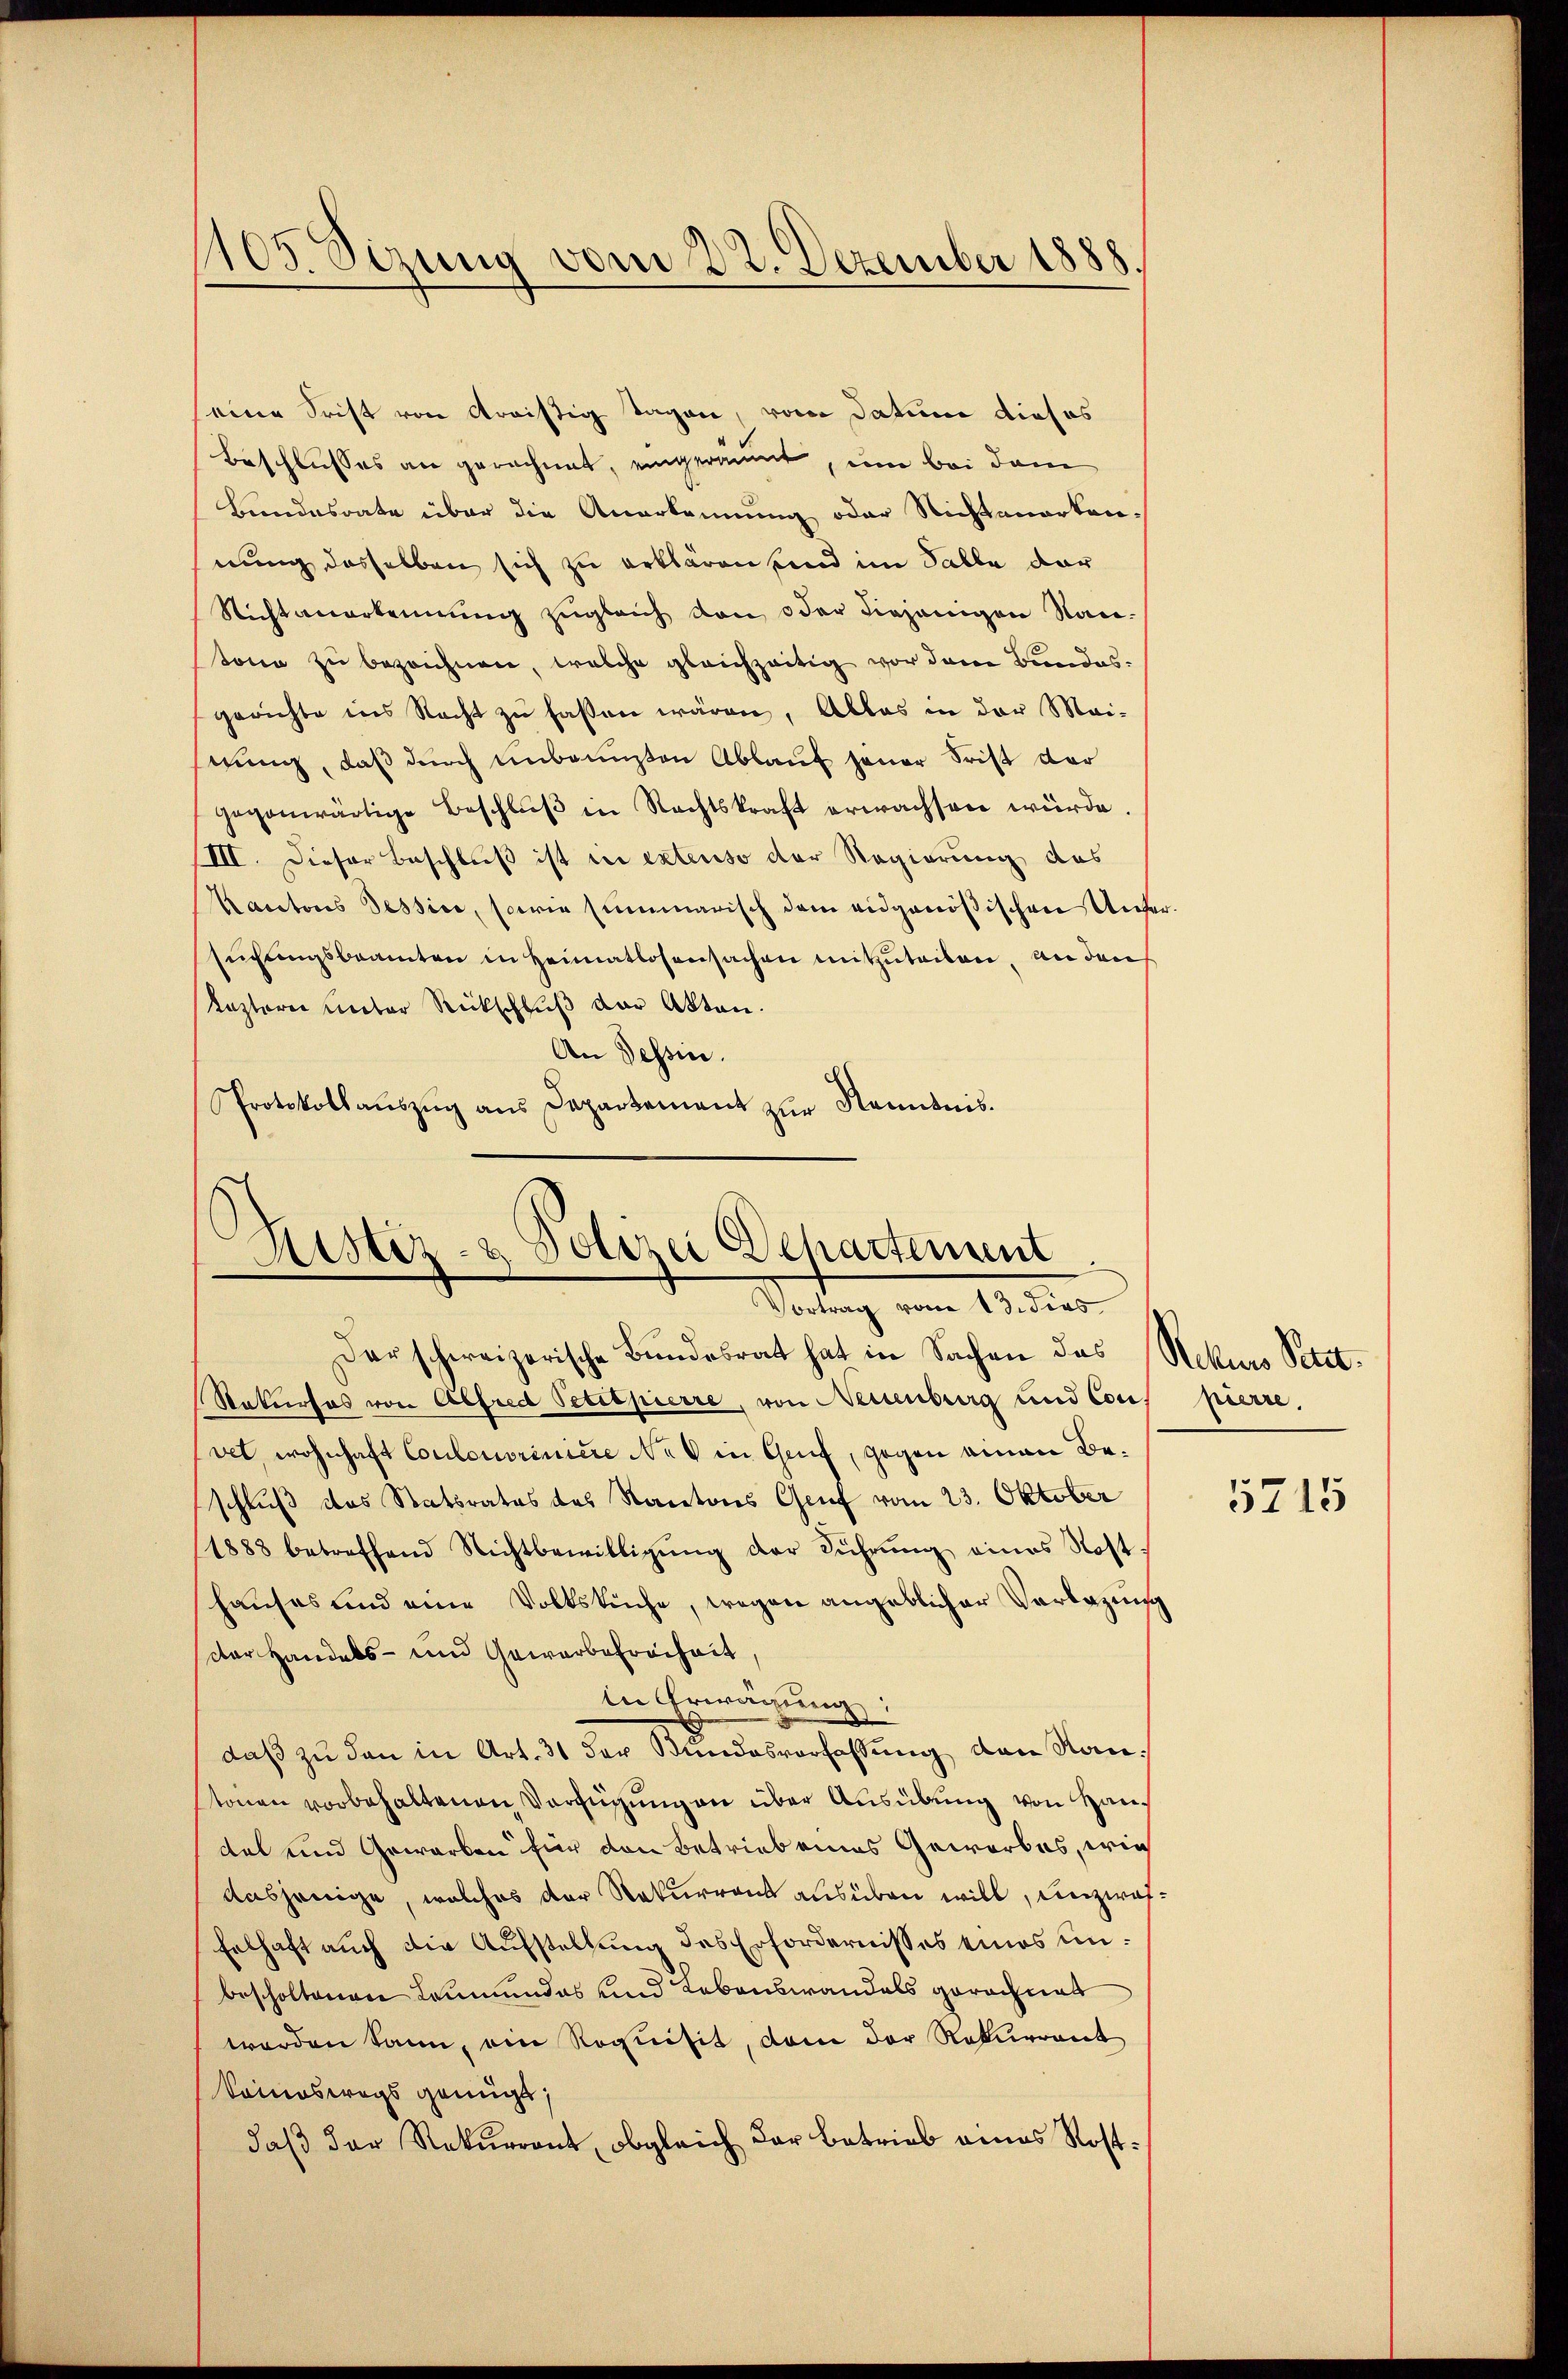
105. Sizung vom 22. Dezember 1888.

seine Frist von dreistig Tagen, vom Datum dieses
Beschlusses an gerechnet, eingeräumt, um bei dem
Bundesrate über die Anerkennung oder Richtenarten.
nung desselben sich zu erklären sind im Falle dar
Nichtanerkennung zugleich von oder diejenigen Name-
tone zu bezeichnen, welche gleichzeitig vor dem Bundesgerichte ins Recht zu faßen wären, Alles in der Mai-
stung, daß durch unbenuzten Ablauf jener Frist dar
gegenwärtige Beschlŭβ in Rechtskraft erwachsen würde.
III. Dieser Beschluß ist in extenso der Regierung des
Kauctores Tessive, sowie summarisch dem eidgenößischen Untersuchungsbeamten in Heimatlosensachen mitzuteilen, an den
lezterer Lector Rückschluß der Akten.
An Tessin.
Protokollaŭszŭg ans Departement zŭr Kenntnis.

Ristiz- & Polizei Departement
Vortrag vom 13. Jens

darschweizerische Bundesrat hat in Sachen das Rekurs Petit.
Stakurses von Alfred Petitpierre, von Neuenburg und Cous pierre,
(vet, wohnhaft Coulonoriniere Nel in Genf, gegen einen Beschluß das Statsrates das Kantons Genf vom 23. Oktober
1888 betreffend Nichtbewilligŭng der Führŭng eines Rost-
hauses und eine Volkskuche, wegen angeblicher Verlegung
der Handels- und Gewerbefreiheit,
in Erwägung
daß zu dann in Art. 31 der Bundesverfassung den Rautonen vorbehaltenen Verfügung an über Ausübung von Handel und Geworben für den Betrieb eines Geworbes, wie
Aasjenige, welches der Rekurrent ausüben will, unzwei¬
Felhaft auch die Aufstellung des Erfordernisses eines unbescholtenen Leumundes und Lebenswandels gerechnet
worden kann, ein Roquisit, dem der Rekurrent
komneswegs genügt,
daβ der Rekurrent, obgleich dar betrieb eines Rost¬

5715